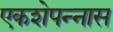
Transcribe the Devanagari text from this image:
एकशेपन्‍नास